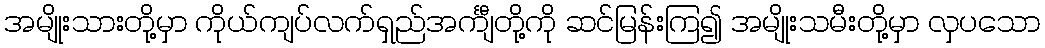
အမျိုးသားတို့မှာ ကိုယ်ကျပ်လက်ရှည်အင်္ကျီတို့ကို ဆင်မြန်းကြ၍ အမျိုးသမီးတို့မှာ လှပသော